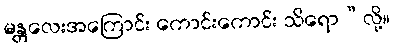
မန္တလေးအကြောင်း ကောင်းကောင်း သိရော”လို့။